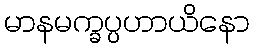
မာနမက္ခပ္ပဟာယိနော